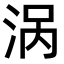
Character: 涡